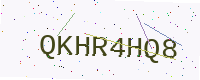
Text: QKHR4HQ8